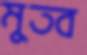
মুতব